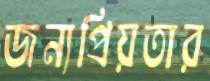
জন্যপ্রিয়তার